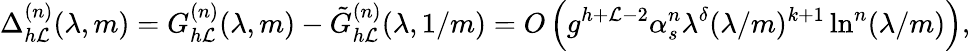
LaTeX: \Delta_{h\mathcal{L}}^{(n)}(\lambda,m)=G_{h\mathcal{L}}^{(n)}(\lambda,m)-\tilde{{G}}_{h\mathcal{L}}^{(n)}(\lambda,1/m)=O\left(g^{h+\mathcal{L}-2}\alpha_{s}^{n}\lambda^{\delta}(\lambda/m)^{k+1}\ln^{n}(\lambda/m)\right),